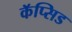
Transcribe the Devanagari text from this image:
कॅप्सिड